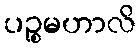
ပဉ္စမဟာလိ